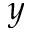
y